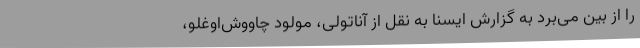
را از بین می‌برد به گزارش ایسنا به نقل از آناتولی، مولود چاووش‌اوغلو،